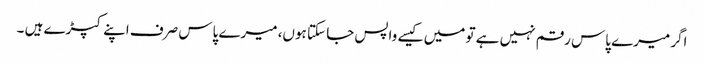
اگر میرے پاس رقم نہیں ہے تو میں کیسے واپس جا سکتا ہوں، میرے پاس صرف اپنے کپڑے ہیں ۔